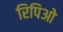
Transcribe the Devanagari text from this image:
रिपिओ